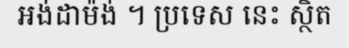
អង់ដាម៉ង់ ។ ប្រទេស នេះ ស្ថិត